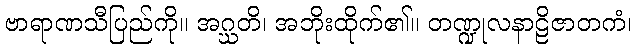
ဗာရာဏသီပြည်ကို။ အဂ္ဃတိ၊ အဘိုးထိုက်၏။ တဏ္ဍုလနာဠိဇာတကံ၊